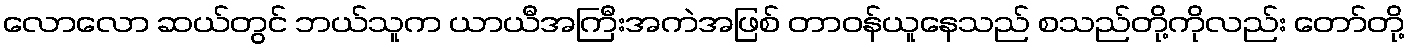
လောလော ဆယ်တွင် ဘယ်သူက ယာယီအကြီးအကဲအဖြစ် တာဝန်ယူနေသည် စသည်တို့ကိုလည်း တော်တို့